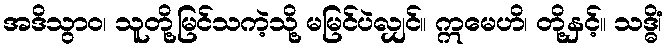
အဒိသွာဝ၊ သူတို့မြင်သကဲ့သို့ မမြင်ပဲလျှင်။ ဣမေဟိ၊ တို့နှင့်။ သဒ္ဓိံ၊